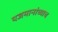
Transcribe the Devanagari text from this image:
यजमानांच्याच